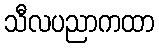
သီလပညာကထာ